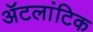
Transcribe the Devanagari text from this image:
ॲटलांटिक